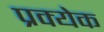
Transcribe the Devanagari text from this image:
प्रक्येक